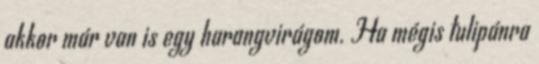
akkor már van is egy harangvirágom. Ha mégis tulipánra